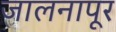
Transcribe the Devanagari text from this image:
जालनापूर